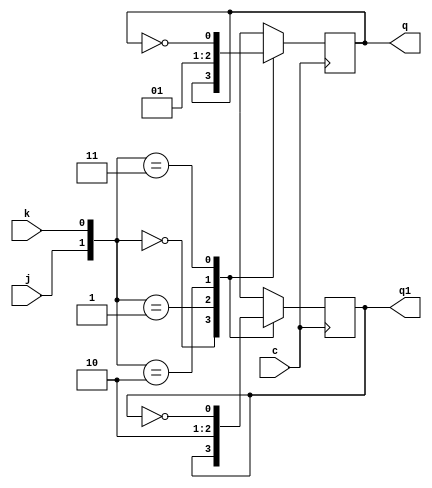
// Exercicio 006  Contador Em Anel
// Nome: tila Martins Silva Jnior

module jkff(q,q1,j,k,c);
output q,q1;
input j,k,c;
reg q,q1;
initial begin q=1'b0; q1=1'b1; end
always @ (posedge c)
  begin
	case({j,k})
		 {1'b0,1'b0}:begin q=q; q1=q1; end
		 {1'b0,1'b1}: begin q=1'b0; q1=1'b1; end
		 {1'b1,1'b0}:begin q=1'b1; q1=1'b0; end
		 {1'b1,1'b1}: begin q=~q; q1=~q1; end
	endcase
   end
endmodule

module contAnel(output[5:0] s, input clk, input entrada);
	wire or1, nor1,qn1, qn2, qn3, qn4, qn5;
	or(or1, s[0], entrada);
	not(nor1, or1);
	jkff JK00(s[5], qn5, or1, nor1, clk);
	jkff JK01(s[4], qn4,s[5], qn5, clk);
	jkff JK02(s[3], qn3,s[4], qn4, clk);
	jkff JK03(s[2], qn2,s[3], qn3, clk);
	jkff JK04(s[1], qn1,s[2], qn2, clk);
	jkff JK05(s[0],    ,s[1], qn1, clk);
endmodule

module testContAnel;
	reg clk;
	reg entrada; 
	wire[5:0] s;
	
	contAnel CA(s, clk, entrada);
	
	initial begin
		$display("Exercicio07 - tila Martins Silva Jnior - 449014");
		
		entrada = 0;
		clk = 0;
		 
		$monitor("s: %b %b %b %b %b %b",s[5], s[4], s[3], s[2], s[1], s[0]);
		
		#4 entrada = 1;
		#4clk = 1;
		#4clk = 0;
		#4 entrada = 0;	
		#4clk = 1;
		#4clk = 0;	
		#4clk = 1;
		#4clk = 0;
		#4clk = 1;
		#4clk = 0;
		#4clk = 1;
		#4clk = 0;
		#4clk = 1;
		#4clk = 0;
		#4clk = 1;
		#4clk = 0;
		#4clk = 1;
		#4clk = 0;
		#4clk = 1;
		#4clk = 0;
		#4clk = 1;
		#4clk = 0;
		
	end
endmodule